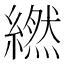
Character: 繎